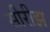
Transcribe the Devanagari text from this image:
सीरीझ